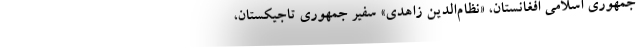
جمهوری اسلامی افغانستان، «نظام‌الدین زاهدی» سفیر جمهوری تاجیکستان،